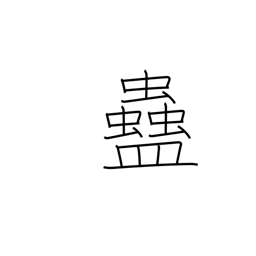
Meaning: rice worm